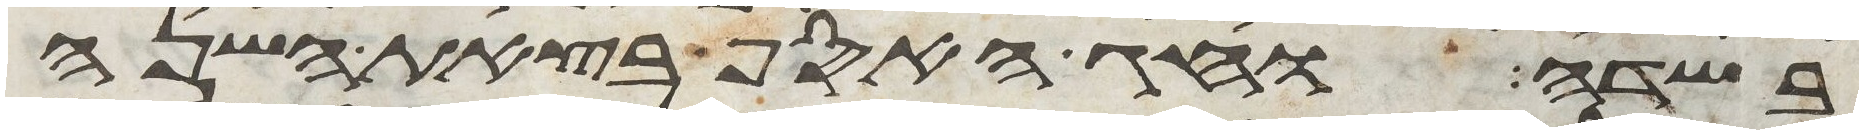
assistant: בשדה וחג האסף בצאת השנה